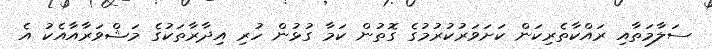
ސަލާމަތާއި ރައްކާތެރިކަން ކަށަވަރުކުރުމުގެ ގޮތުން ކަމާ ގުޅުން ހުރި އިދާރާތަކުގެ މަޝްވަރާއާއެކު އެ